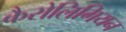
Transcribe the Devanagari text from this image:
कैरोलिगियन